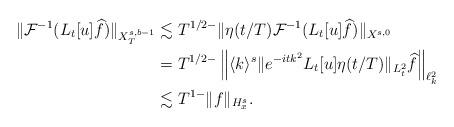
LaTeX: \begin{align*} \|\mathcal{F}^{-1}(L_t[u]\widehat{f})\|_{X^{s, b-1}_T}&\lesssim T^{1/2-}\|\eta(t/T)\mathcal{F}^{-1}(L_t[u]\widehat{f})\|_{X^{s, 0}}\\ &= T^{1/2-}\left\|\langle k\rangle^s\|e^{-itk^2}L_t[u]\eta(t/T)\|_{L^2_t}\widehat{f}\right\|_{\ell^2_k}\\ &\lesssim T^{1-}\|f\|_{H^s_x}.\end{align*}